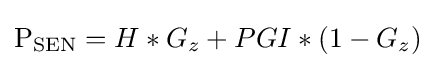
{\rm {P_{\text{SEN}}}}=H*G_{z}+PGI*(1-G_{z})